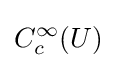
C_{c}^{\infty }(U)